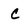
Character: C